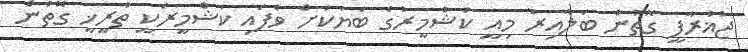
ޖުޣުރާފީ ގޮތުން ބަލާއިރު މިއީ ކަޝްމީރުގެ ބަޔަކަށް ވެފައި ކަޝްމީރަކީ ތާރީޚީ ގޮތުން